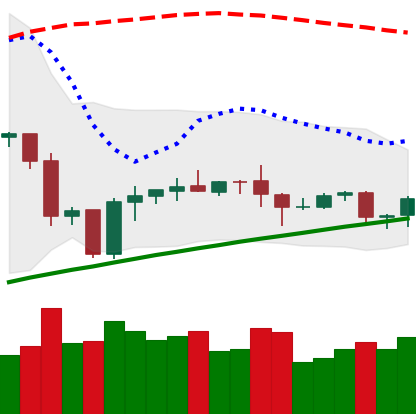
Ticker: ETH-USD
Chart end date: 2020-10-08
Forward return: 8.674%
Label: up_7plus